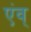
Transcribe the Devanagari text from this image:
एंव्